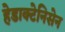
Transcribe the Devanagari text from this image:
हेडाक्टेनिसेन